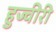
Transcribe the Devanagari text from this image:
हुज्वीरी